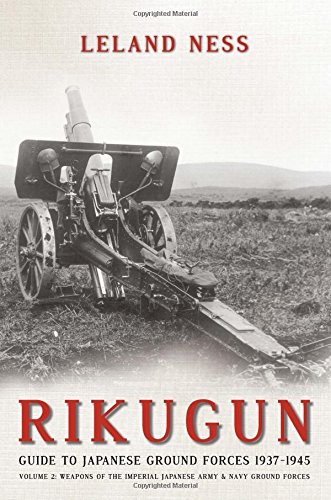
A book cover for Rikugun: Guide to Japanese Ground Forces 1937-1945: Volume 2: Weapons of the Imperial Japanese Army & Navy Ground Forces; Leland Ness; History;